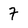
Character: 7